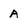
Character: A